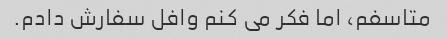
متاسفم، اما فکر می کنم وافل سفارش دادم.